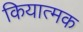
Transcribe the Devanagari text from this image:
कियात्मक